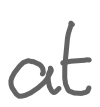
Text: at
Cross-out: clean
Writing tool: digital_gray